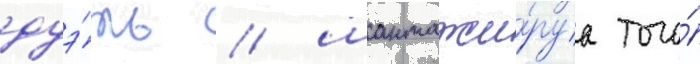
дуэ́ль / шантажи́руа того́